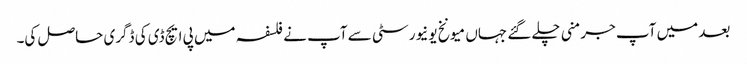
بعد میں آپ جرمنی چلے گئے جہاں میونخ یونیورسٹی سے آپ نے فلسفہ میں پی ایچ ڈی کی ڈگری حاصل کی۔